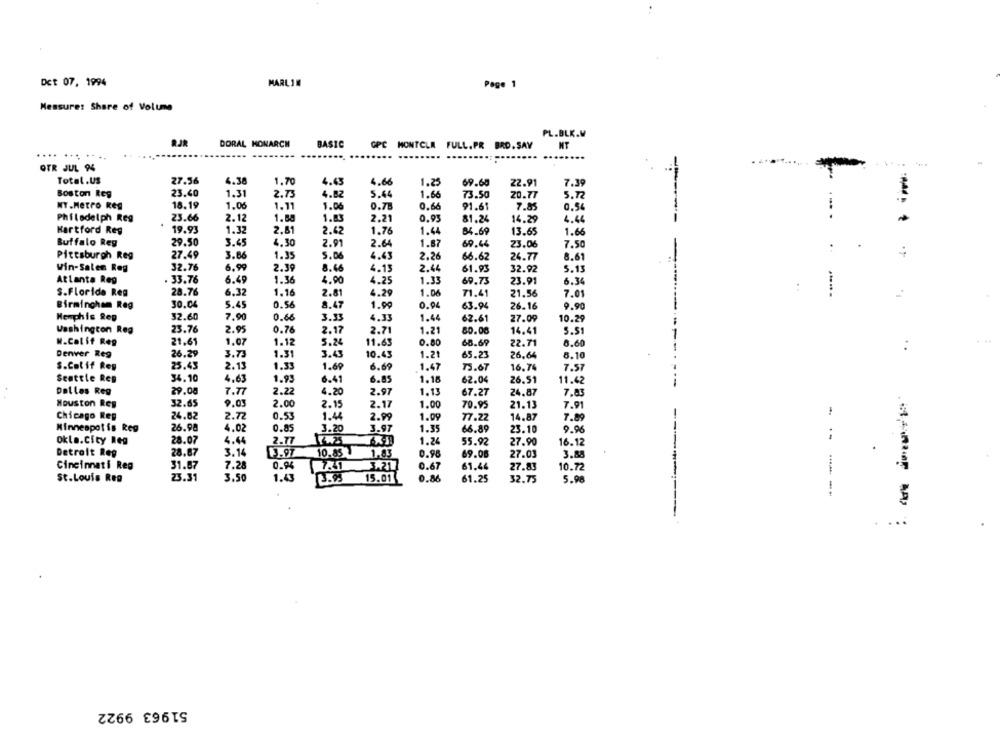
Det 07, 1994
MARLIN
Page 1
Messure: Share of Volume
PL.BLK.M
BJR
DORAL MONARCH
BASIC
GPC MONTCLA FULL.PR BAD. SAY
NT
.......
OTR JUL 94
Total.US
27.56
4.38
1.70
4.63
4.66
1.23
69.68
22.91
7.39
Boston Reg
23.40
1.31
4.82
5.44
1.66
73.50
5.72
2.73
20.77
NY.Metro Reg
18.19
1.06
1.11
1.06
0.78
0.66
91.61
7.85
0.54
....
Philadelph Reg
23.66
2.12
1.58
1.83
2.21
0.95
81.24
14.29
4.44
Hartford Reg
19.93
1.32
2,81
2.62
1.76
1.44
1.66
84.69
13.65
Buffalo Reg
29.50
3.45
4.30
2.91
2.64
1.87
69.44
23.06
7.50
.
Pittsburgh Reg
27.49
3.66
1.35
5.06
4.63
2.26
66.62
24.77
8.61
Win-Salen Reg
32.76
6.99
2.39
8.66
4.13
2.44
32.92
61.93
5.13
Atlanta Reg
. 33.76
6.49
1.36
4.90
4.25
1.33
69.73
23.91
6.34
:
S.Floride Reg
28.76
6.32
1.16
2.81
4.29
1.06
71.41
21.56
7.01
Birmingham Reg
30.04
5.45
0.56
8.47
1.99
0.04
9.90
63.94
26.16
Memphis Rep
32.60
7.90
0.66
3.33
4.33
1.44
62.61
27.09
10.29
Washington Reg
23.76
2.95
0.76
2.17
2.71
1.21
80.00
14.41
5.51
W.Calif Reg
21.61
1.07
1.12
5.24
11.63
0.80
68.69
22.71
-1
8.60
...
Denver Reg
26.29
3.73
1.31
3.43
10.43
1.21
65.23
26,64
8.10
S.Calif Res
25.45
2.13
1.33
1.69
6.69
1.47
15.67
16.74
7.57
Seattle Res
34.10
4.63
1.93
6.41
6.85
1.15
62.04
26.51
11.42
--
Dalles Reg
29.08
7.77
2.22
4.20
2.97
1.13
67.27
24.87
7.83
Houston Res
32.65
9.05
2.00
2.15
2.17
1.00
70.95
21.13
7.91
Chicago Rep
24.62
2.72
0.53
1.44
2.99
1.09
77.22
14.87
7.89
Minneapolis Reg
26.98
4,02
0.85
3.20
3.97
1.35
66.89
23.10
9.96
Okla.City Reg
28.07
4.64
2.77
1.2
55.92
27.90
16.12
Detroit Reg
28.87
3.14
13.97
10.85
1.83
0.98
69.08
27.03
3.88
Cincinnati Reg
31.87
7.28
0.94
3.21
0.67
61.44
27.83
10.72
St.Louis Reg
23.31
3.50
1.43
3.95
15.01
0.86
61.25
32.75
5.90
-- --
...
51963 9922